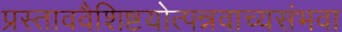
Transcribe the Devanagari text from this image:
प्रस्ताववैशिष्टयोत्पन्नवाच्यसंभवा